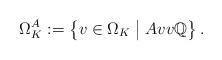
LaTeX: \begin{align*}\Omega_K^{A}:= \left\{v \in \Omega_K \bigm\vert A v v \mathbb{Q} \right\}.\end{align*}